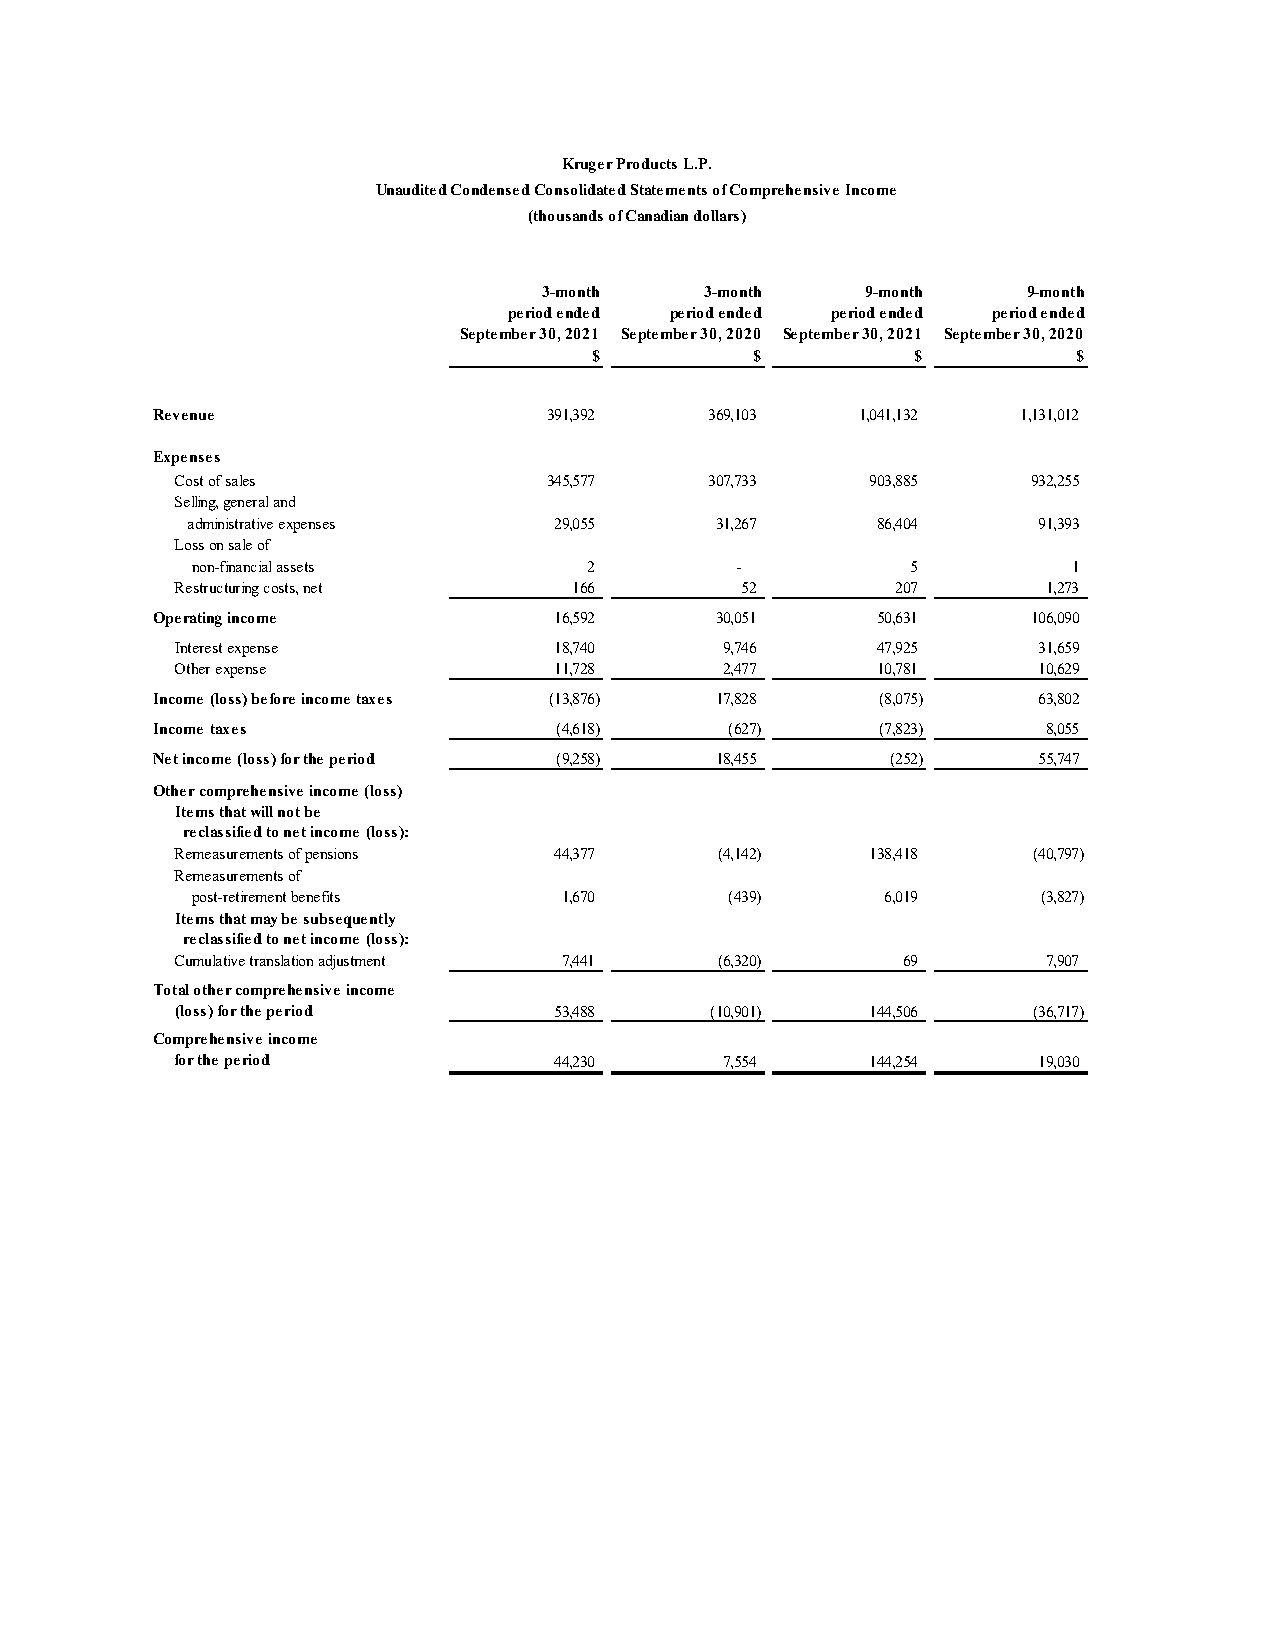
Kruger Products L.P.
 Unaudited Condensed Consolidated Statements of Comprehensive Income
 (thousands of Canadian dollars)
 3-month    3-month   9-month    9-month
 period ended period ended period ended period ended
 September 30, 2021 September 30, 2020 September 30, 2021 September 30, 2020
 $          $          $         $
 Revenue                   391,392    369,103   1,041,132  1,131,012
 Expenses
 Cost of sales           345,577    307,733    903,885   932,255
 Selling, general and
 administrative expenses  29,055    31,267     86,404     91,393
 Loss on sale of
 non-financial assets      2         -          5          1
 Restructuring costs, net  166        52        207       1,273
 Operating income           16,592    30,051     50,631    106,090
 Interest expense         18,740     9,746     47,925     31,659
 Other expense            11,728     2,477     10,781     10,629
 Income (loss) before income taxes (13,876) 17,828 ( 8,075) 63,802
 Income taxes               ( 4,618)   (627)     ( 7,823)   8,055
 Net income (loss) for the period ( 9,258) 18,455 (252)     55,747
 Other comprehensive income (loss)
 Items that will not be
 reclassified to net income (loss):
 Remeasurements of pensions 44,377   ( 4,142)  138,418   (40,797)
 Remeasurements of
 post-retirement benefits 1,670     (439)      6,019     ( 3,827)
 Items that may be subsequently
 reclassified to net income (loss):
 Cumulative translation adjustment 7,441 ( 6,320) 69      7,907
 Total other comprehensive income
 (loss) for the period    53,488    (10,901)   144,506   (36,717)
 Comprehensive income
 for the period           44,230     7,554     144,254    19,030